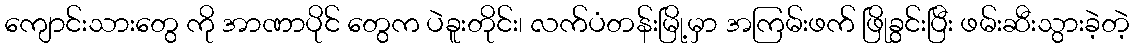
ကျောင်းသားတွေ ကို အာဏာပိုင် တွေက ပဲခူးတိုင်း၊ လက်ပံတန်းမြို့မှာ အကြမ်းဖက် ဖြိုခွင်းပြီး ဖမ်းဆီးသွားခဲ့တဲ့